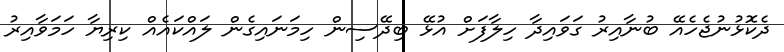
ދެކޮޅުނުޖެހެއޭ ބުނާއިރު ގަވައިދާ ހިލާފަށް އުޅޭ ބިދޭސިން ހިމަނައިގެން ލައްކައެއް ކިރިޔާ ހަމަވާއިރު